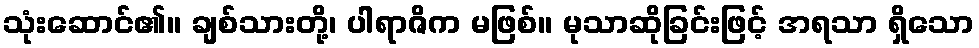
သုံးဆောင်၏။ ချစ်သားတို့၊ ပါရာဇိက မဖြစ်။ မုသာဆိုခြင်းဖြင့် အရသာ ရှိသော